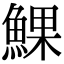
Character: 𩸄